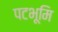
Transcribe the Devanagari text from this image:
पटभूमि